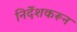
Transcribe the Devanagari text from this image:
निर्देशकरून